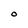
Character: 0